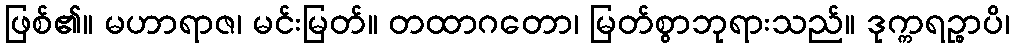
ဖြစ်၏။ မဟာရာဇ၊ မင်းမြတ်။ တထာဂတော၊ မြတ်စွာဘုရားသည်။ ဒုက္ကရဉ္စာပိ၊